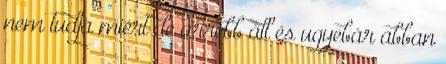
nem tudja miért de arrébb áll és ugyebár abban